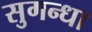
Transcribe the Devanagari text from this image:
सुगन्धा